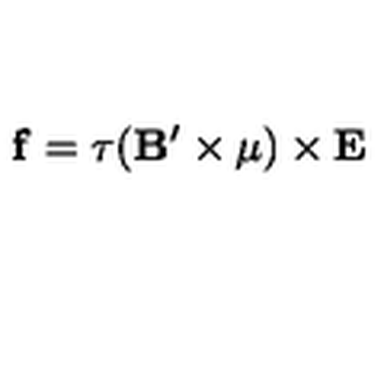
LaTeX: { \bf f } = \tau ( { \bf B } ^ { \prime } \times { \bf \mu } ) \times { \bf E }